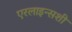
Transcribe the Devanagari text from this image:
एरलाइन्सशी